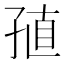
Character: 𡥰